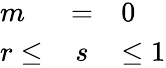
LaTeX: \begin{array}{lcl}{{m}}&{{=}}&{{0}}\\ {{r\leq}}&{{s}}&{{\leq 1}}\end{array}